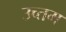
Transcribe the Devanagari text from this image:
उच्तम